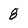
Character: 8